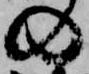
の